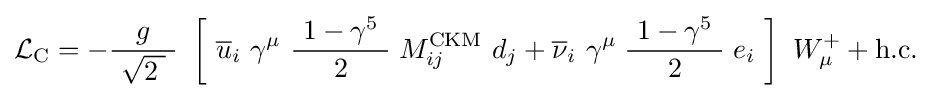
{\mathcal {L}}_{\mathrm {C} }=-{\frac {g}{\ {\sqrt {2\;}}\ }}\ \left[\ {\overline {u}}_{i}\ \gamma ^{\mu }\ {\frac {\ 1-\gamma ^{5}\ }{2}}\;M_{ij}^{\mathrm {CKM} }\ d_{j}+{\overline {\nu }}_{i}\ \gamma ^{\mu }\;{\frac {\ 1-\gamma ^{5}\ }{2}}\;e_{i}\ \right]\ W_{\mu }^{+}+\mathrm {h.c.} ~